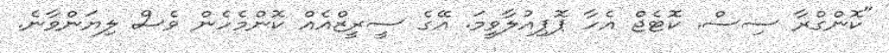
"ކޮންގްރާ ސިސް. ކޮޓެޖް އެހާ ޕޮޕިއުލާވީމަ. އޭގެ ސީރީޒްއެއް ކޮންމެހެން ވެސް ލިޔަންވާނެ.